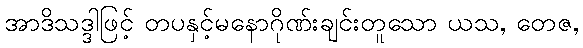
အာဒိသဒ္ဒါဖြင့် တပနှင့်မနောဂိုဏ်းချင်းတူသော ယသ, တေဇ,